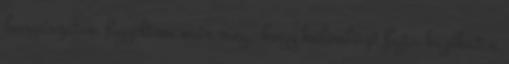
horgászaton figyeltem már meg, hogy különböző fajta kajákat a